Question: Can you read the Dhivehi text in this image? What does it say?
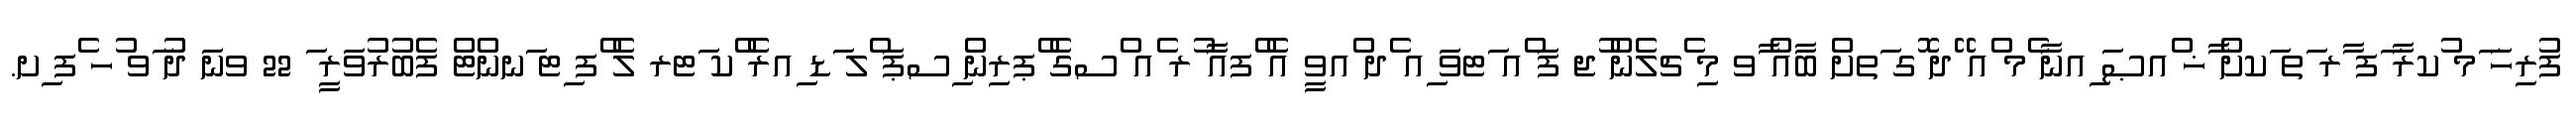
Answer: ފުރިހަ ަމ ުކރާ ަފ ާރ ަތ ަކށް ާޚ ްއޞަ ިއނާ ެމ ްއ ޭދ ޮގ ަތށް ބާއް ާވ މި ެޗލެން ުޖ ފަ ްއ ަޓވަ ިއ ެދ ްއވީ އެ ްފއާ ުރ ެއ ްސގެ ްޕރިން ިސޕަ ްލ ަޑ ިއރެ ްކ ަޓރ ލެ ްފ ިޓ ަނންޓް ފެބުރުވަރީ ަ 22 ވނަ ދު ަވ ުހ ެފ ިށ.